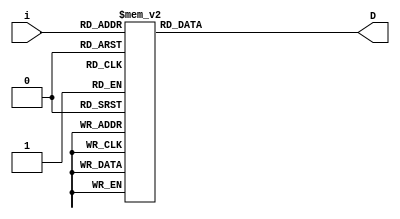
module SSD(
    input [3:0] i,
    output [7:0] D
    );
    

reg [7:0] D;
always @(i)
    case (i)
    4'd0 : D = 8'b00000011;
    4'd1 : D = 8'b10011111;
    4'd2 : D = 8'b00100101;
    4'd3 : D = 8'b00001101;
    4'd4 : D = 8'b10011001;
    4'd5 : D = 8'b01001001;
    4'd6 : D = 8'b01000001;
    4'd7 : D = 8'b00011111;
    4'd8 : D = 8'b00000001;
    4'd9 : D = 8'b00001001;
    4'd10: D = 8'b11111101; // u
    4'd11: D = 8'b01111110; // WuAI
    4'd12: D = 8'b11111100; // uAI
    4'd13: D = 8'b11101110; // UuAI
    4'd14: D = 8'b11111111; // t
    4'd15: D = 8'b01110001;
    default: D = 8'b11111110; //.
    endcase

endmodule